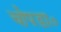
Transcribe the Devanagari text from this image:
चोपडा०